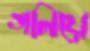
গলিয়ে